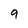
Character: 9